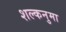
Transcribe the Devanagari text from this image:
शल्कनुमा